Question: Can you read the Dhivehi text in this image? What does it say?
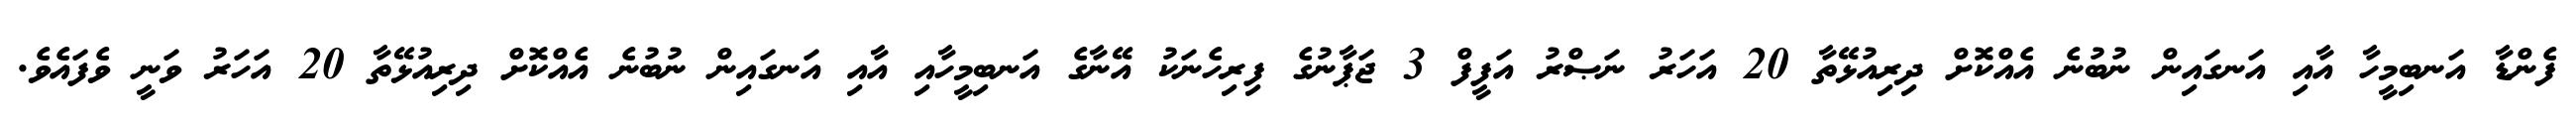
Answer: ފެންޑާ އަނބިމީހާ އާއި އަނގައިން ނުބުނެ އެއްކޮށް ދިރިއުޅޭތާ 20 އަހަރު ނަޞްރު އަފީފް 3 ޖަޕާނުގެ ފިރިހެނަކު އޭނާގެ އަނބިމީހާއި އާއި އަނގައިން ނުބުނެ އެއްކޮށް ދިރިއުޅޭތާ 20 އަހަރު ވަނީ ވެފައެވެ.